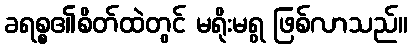
ခရစ္စ၏စိတ်ထဲတွင် မရိုးမရွ ဖြစ်လာသည်။